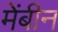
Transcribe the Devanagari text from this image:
मेंबीन